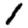
Digit: 1